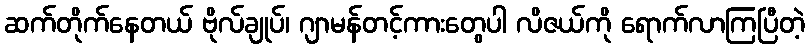
ဆက်တိုက်နေတယ် ဗိုလ်ချုပ်၊ ဂျာမန်တင့်ကားတွေပါ လိဇယ်ကို ရောက်လာကြပြီတဲ့